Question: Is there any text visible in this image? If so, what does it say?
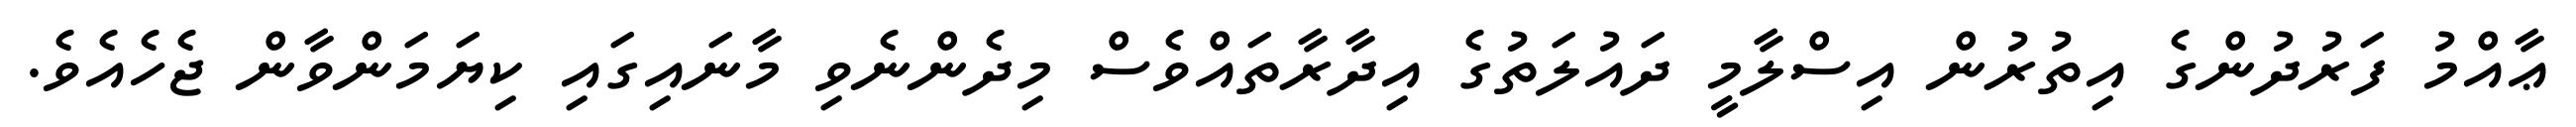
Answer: ޢާއްމު ފަރުދުންގެ އިތުރުން އިސްލާމީ ދައުލަތުގެ އިދާރާތައްވެސް މިދެންނެވި މާނައިގައި ކިޔަމަންވާން ޖެހެއެވެ.